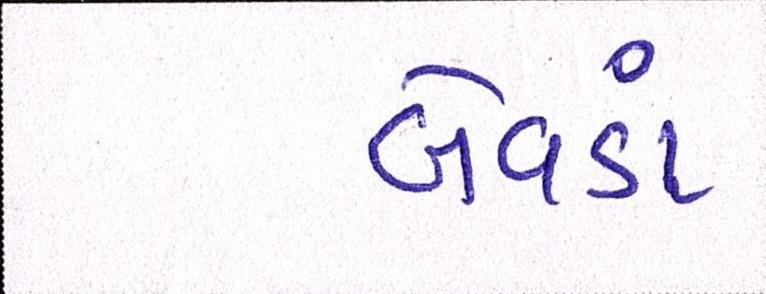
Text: બેવડાં